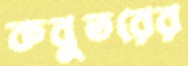
কবুতরের